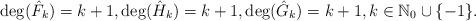
LaTeX: \begin{align*} \deg(\hat{F}_k)=k+1, \deg(\hat{H}_k)=k+1, \deg(\hat{G}_k)=k+1,k\in\mathbb{N}_0\cup\{-1\}.\end{align*}